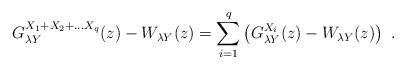
LaTeX: \begin{align*}G_{\lambda Y}^{X_1+X_2+\dots X_q}(z)-W_{\lambda Y}(z)=\sum_{i=1}^q\left(G_{\lambda Y}^{X_i}(z)-W_{\lambda Y}(z)\right)\ .\end{align*}